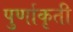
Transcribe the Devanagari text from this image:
पुर्णाकृती